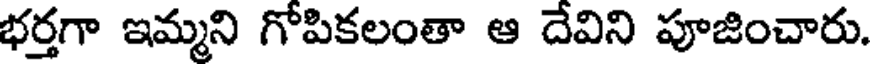
భర్తగా ఇమ్మని గోపికలంతా ఆ దేవిని పూజించారు.